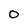
Character: 0